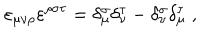
\varepsilon _ { \mu \nu \rho } \varepsilon ^ { \rho \sigma \tau } = \delta _ { \mu } ^ { \sigma } \delta _ { \nu } ^ { \tau } - \delta _ { \nu } ^ { \sigma } \delta _ { \mu } ^ { \tau } \; ,